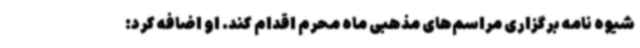
شیوه نامه برگزاری مراسم‌های مذهبی ماه محرم اقدام کند. او اضافه کرد: